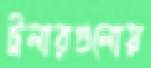
ট্রলারগুলোয়